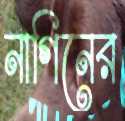
নাগিনের